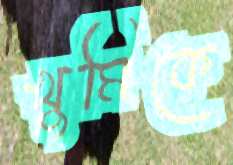
খুমিকে